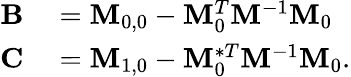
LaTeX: \begin{array}{rl}{\mathbf{B}}&{{}=\mathbf{M}_{0,0}-\mathbf{M}_{0}^{T}\mathbf{M}^{-1}\mathbf{M}_{0}}\\ {\mathbf{C}}&{{}=\mathbf{M}_{1,0}-\mathbf{M}_{0}^{*T}\mathbf{M}^{-1}\mathbf{M}_{0}.}\end{array}